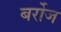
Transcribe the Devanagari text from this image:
बर्रोज